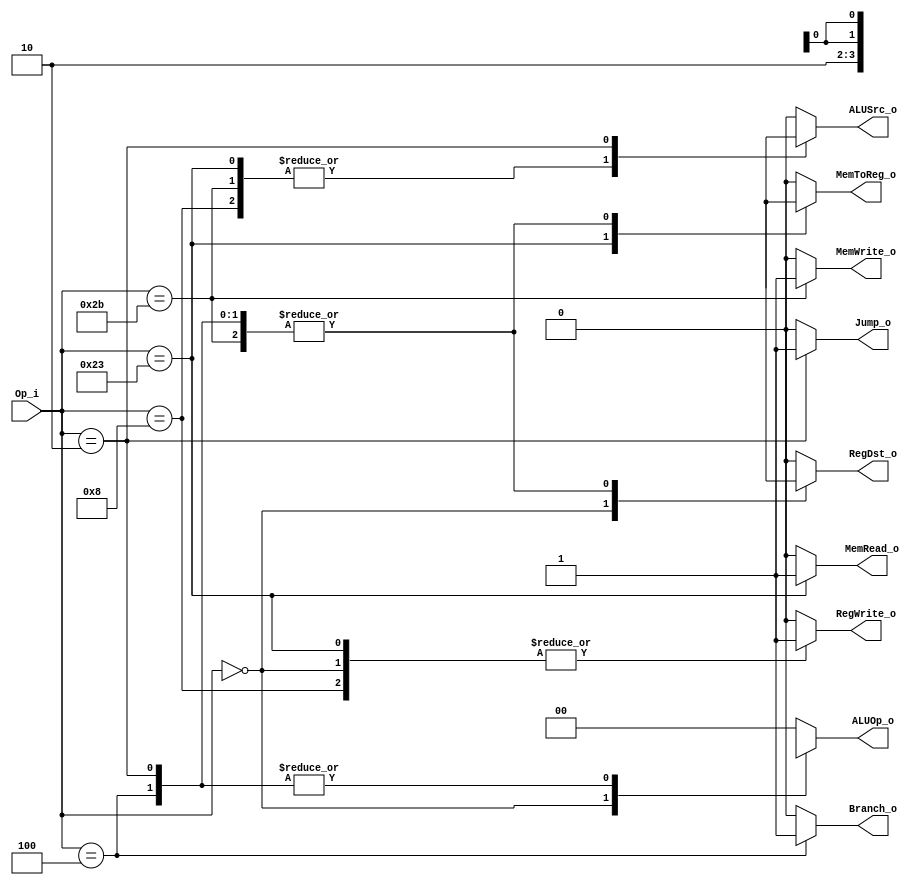
module Control(
    Op_i,
    RegDst_o,   // EX
    ALUOp_o,    // EX
    ALUSrc_o,   // EX
    MemRead_o,  // MEM
    MemWrite_o, // MEM
    RegWrite_o, // WB
    MemToReg_o, // WB
    Jump_o,
    Branch_o
);

input   [5:0]   Op_i;
output          RegDst_o, ALUSrc_o, RegWrite_o, MemToReg_o, MemRead_o,
                MemWrite_o, Jump_o, Branch_o;
output  [1:0]   ALUOp_o;

reg             RegDst_o, ALUSrc_o, RegWrite_o, MemToReg_o, MemRead_o,
                MemWrite_o, Jump_o, Branch_o;
reg     [1:0]   ALUOp_o;

initial begin
    ALUOp_o = 2'b00;
end

always @ (*)
begin
    case(Op_i)
        default: begin //???
            RegDst_o = 0;
            ALUSrc_o = 0;
            MemToReg_o = 0;
            RegWrite_o = 0;
            MemWrite_o = 0;
            MemRead_o = 0;
            Branch_o = 0;
            Jump_o = 0;
            ALUOp_o = 2'b00;
        end
        6'h8: begin //addi
            RegDst_o = 0;
            ALUSrc_o = 1;
            MemToReg_o = 0;
            RegWrite_o = 1;
            MemWrite_o = 0;
            MemRead_o = 0;
            Branch_o = 0;
            Jump_o = 0;
            ALUOp_o = 2'b00;
        end
        6'h0: begin //add,sub
            RegDst_o = 1;
            ALUSrc_o = 0;
            MemToReg_o = 0;
            RegWrite_o = 1;
            MemWrite_o = 0;
            MemRead_o = 0;
            Branch_o = 0;
            Jump_o = 0;
            ALUOp_o = 2'b10;
        end
        6'h23: begin //lw
            RegDst_o = 0;
            ALUSrc_o = 1;
            MemToReg_o = 1;
            RegWrite_o = 1;
            MemWrite_o = 0;
            MemRead_o = 1;
            Branch_o = 0;
            Jump_o = 0;
            ALUOp_o = 2'b00;
        end
        6'h2b: begin //sw
            RegDst_o = 1'bx;
            ALUSrc_o = 1;
            MemToReg_o = 1'bx;
            RegWrite_o = 0;
            MemWrite_o = 1;
            MemRead_o = 0;
            Branch_o = 0;
            Jump_o = 0;
            ALUOp_o = 2'b00;
        end
        6'h4: begin //beq
            RegDst_o = 1'bx;
            ALUSrc_o = 0;
            MemToReg_o = 1'bx;
            RegWrite_o = 0;
            MemWrite_o = 0;
            MemRead_o = 0;
            Branch_o = 1;
            Jump_o = 0;
            ALUOp_o = 2'bxx;
        end
        6'h2: begin //j
            RegDst_o = 1'bx;
            ALUSrc_o = 1'bx;
            MemToReg_o = 1'bx;
            RegWrite_o = 0;
            MemWrite_o = 0;
            MemRead_o = 0;
            Branch_o = 0;
            Jump_o = 1;
            ALUOp_o = 2'bxx;
        end
    endcase

end

/*
assign RegDst_o     = Op_i[5] == Op_i[3];  // 0: rt, 1: rd
assign ALUOp_o      = {1'b0, Op_i[3]};
assign ALUSrc_o     = Op_i[5] | Op_i[3];
assign MemRead_o    = Op_i[5] & ~Op_i[3];
assign MemWrite_o   = Op_i[5] & Op_i[3];
assign RegWrite_o   = ~(Op_i[5] & Op_i[3]);


assign MemToReg_o   = Op_i[5] & ~Op_i[3];
assign Jump_o       = (Op_i == 6'b000010) ? 1 : 0;
assign Branch_o     = (Op_i == 6'b000100) ? 1 : 0;
*/
endmodule